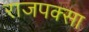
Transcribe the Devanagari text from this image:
राजपक्सा